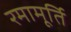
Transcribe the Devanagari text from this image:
रमामूर्ति